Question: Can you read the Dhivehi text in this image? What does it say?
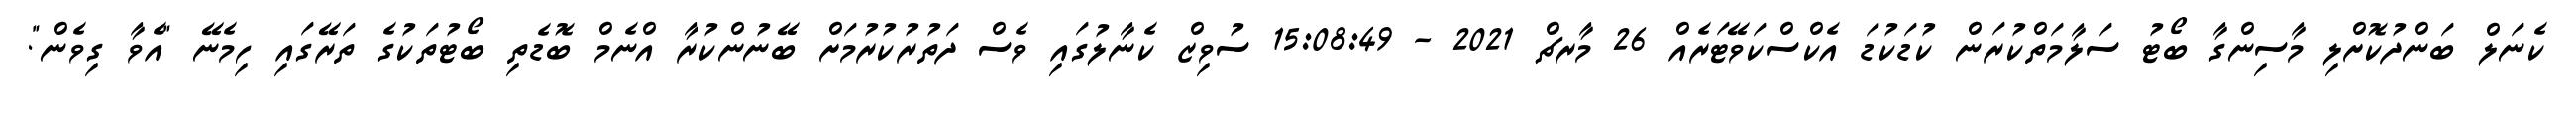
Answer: ކެނަލް ބަންދުކޮށްލި މާސިންގާ ބޯޓު ސަލާމަތްކުރަން ކުޑަކުޑަ އެކްސްކަވޭޓަރެއް 26 މާރޗް 2021 - 15:08:49 ސުވިޒް ކެނާލުގައި ވެސް ދަތުރުކުރުމަށް ބޭނުންކުރާ އްނެމް ބޮޑެތި ބޯޓުތަކުގެ ތަރޭގައި ހިމެނޭ "އެވާ ގިވެން".